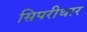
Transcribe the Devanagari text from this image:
सिपरीधार